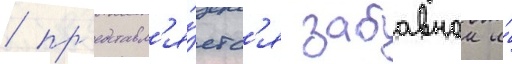
/ пр'едставл'я́етс'я забавнои и́